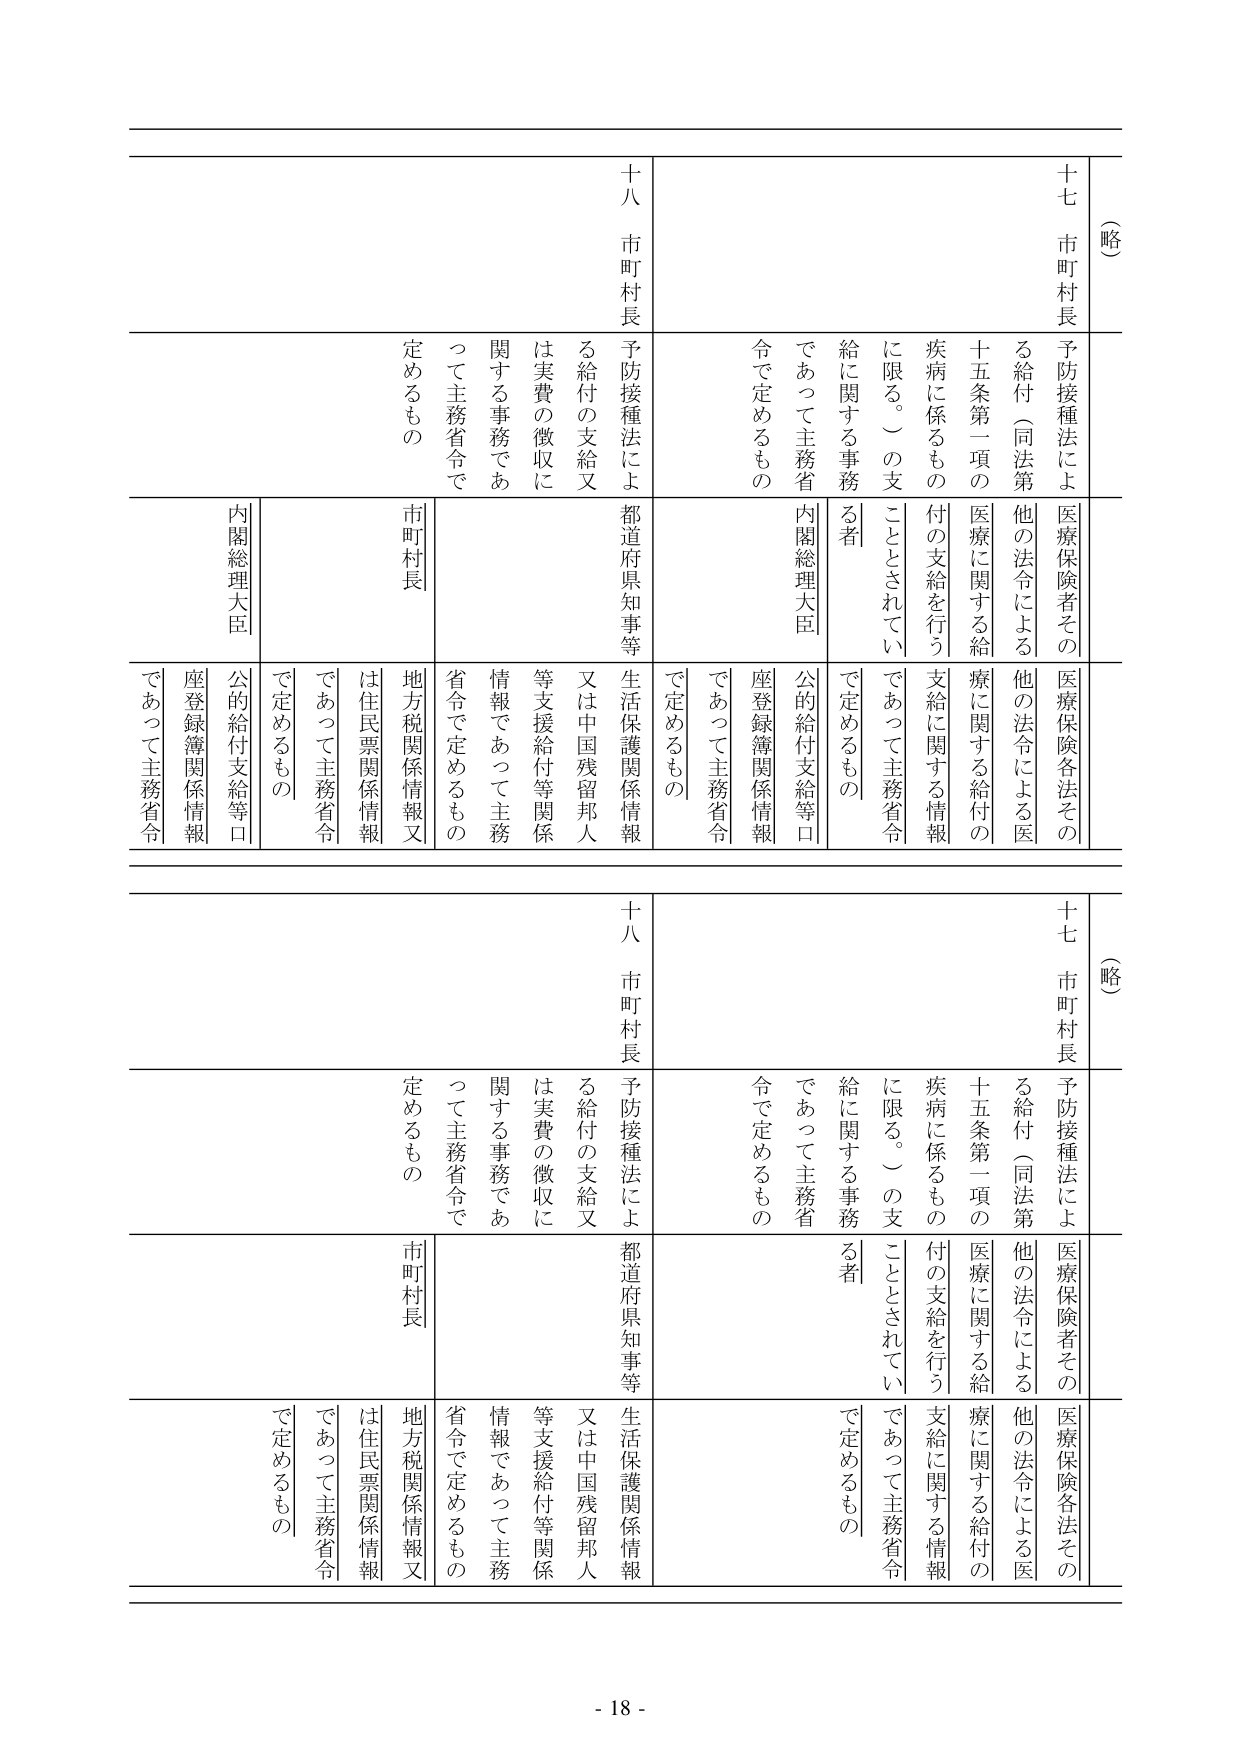
（略）
十七 市町村長
予防接種法による給付（同法第十五条第一項の疾病に係るものに限る。）の支給に関する事務
医療保険者その他の法令による医療に関する給付の支給を行うこととされている者
内閣総理大臣
公的給付支給等口座登録簿関係情報
であって主務省令で定めるもの

十八 市町村長
予防接種法による給付の支給又は実費の徴収に関する事務であって主務省令で定めるもの
都道府県知事等
生活保護関係情報又は中国残留邦人等支援給付等関係情報であって主務省令で定めるもの
市町村長
地方税関係情報又は住民票関係情報であって主務省令で定めるもの

（略）
十七 市町村長
予防接種法による給付（同法第十五条第一項の疾病に係るものに限る。）の支給に関する事務
医療保険者その他の法令による医療に関する給付の支給を行うこととされている者
内閣総理大臣
公的給付支給等口座登録簿関係情報
であって主務省令で定めるもの

十八 市町村長
予防接種法による給付の支給又は実費の徴収に関する事務であって主務省令で定めるもの
都道府県知事等
生活保護関係情報又は中国残留邦人等支援給付等関係情報であって主務省令で定めるもの
市町村長
地方税関係情報又は住民票関係情報であって主務省令で定めるもの

- 18 -